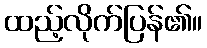
ထည့်လိုက်ပြန်၏။